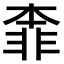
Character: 𩇶